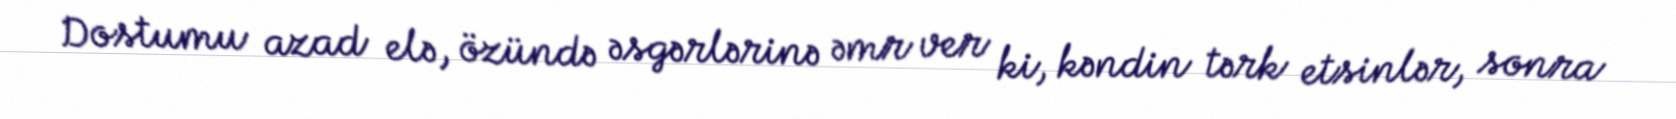
Dostumu azad elə, özündə əsgərlərinə əmr ver ki, kəndin tərk etsinlər, sonra